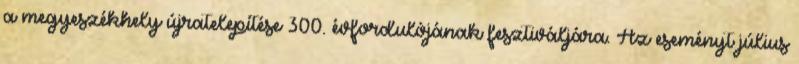
a megyeszékhely újratelepítése 300. évfordulójának fesztiváljára. Az eseményt július